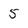
Character: 5